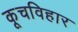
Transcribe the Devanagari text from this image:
कूचविहार